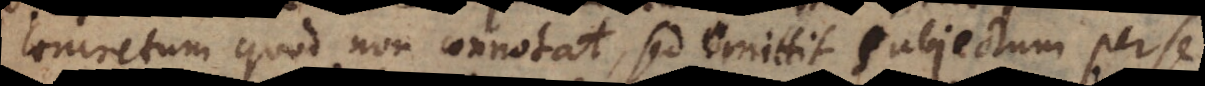
concretum quod non connotat, sed omittit subjectum per se